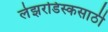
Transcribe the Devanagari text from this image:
लेझरडिस्कसाठी